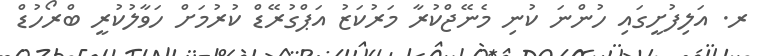
ރ. އަލިފުށީގައި ހުންނަ ކުނި މެނޭޖްކުރާ މަރުކަޒު އަޕްގުރޭޑް ކުރުމަށް ހަވާލުކުރީ ބްރޯހުޑް